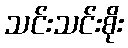
သင်းသင်းစိုး